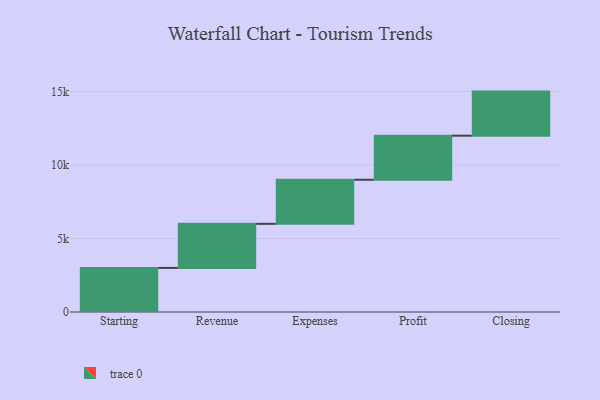
{"axis": {"x": "Step", "y": "Value"}, "legend": [""], "data": [{"x": "Starting", "y": 3000, "type": ""}, {"x": "Revenue", "y": 3000, "type": ""}, {"x": "Expenses", "y": 3000, "type": ""}, {"x": "Profit", "y": 3000, "type": ""}, {"x": "Closing", "y": 3000, "type": ""}]}